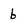
Character: b